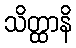
သိတ္ထာနိ